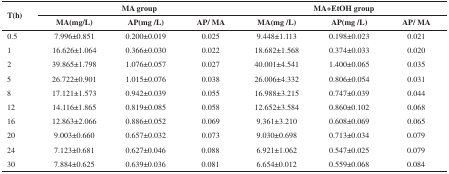
<table><thead><tr><td rowspan="2"><b>T(h)</b></td><td colspan="3"><b>MA group</b></td><td colspan="3"><b>MA+EtOH group</b></td></tr><tr><td><b>MA(mg/L)</b></td><td><b>AP(mg /L)</b></td><td><b>AP/ MA</b></td><td><b>MA(mg /L)</b></td><td><b>AP(mg /L)</b></td><td><b>AP/ MA</b></td></tr></thead><tbody><tr><td>0.5</td><td>7.996±0.851</td><td>0.200±0.019</td><td>0.025</td><td>9.448±1.113</td><td>0.198±0.023</td><td>0.021</td></tr><tr><td>1</td><td>16.626±1.064</td><td>0.366±0.030</td><td>0.022</td><td>18.682±1.568</td><td>0.374±0.033</td><td>0.020</td></tr><tr><td>2</td><td>39.865±1.798</td><td>1.076±0.057</td><td>0.027</td><td>40.001±4.541</td><td>1.400±0.065</td><td>0.035</td></tr><tr><td>5</td><td>26.722±0.901</td><td>1.015±0.076</td><td>0.038</td><td>26.006±4.332</td><td>0.806±0.054</td><td>0.031</td></tr><tr><td>8</td><td>17.121±1.573</td><td>0.942±0.039</td><td>0.055</td><td>16.988±3.215</td><td>0.747±0.039</td><td>0.044</td></tr><tr><td>12</td><td>14.116±1.865</td><td>0.819±0.085</td><td>0.058</td><td>12.652±3.584</td><td>0.860±0.102</td><td>0.068</td></tr><tr><td>16</td><td>12.863±2.066</td><td>0.886±0.052</td><td>0.069</td><td>9.361±3.210</td><td>0.608±0.069</td><td>0.065</td></tr><tr><td>20</td><td>9.003±0.660</td><td>0.657±0.032</td><td>0.073</td><td>9.030±0.698</td><td>0.713±0.034</td><td>0.079</td></tr><tr><td>24</td><td>7.123±0.681</td><td>0.627±0.046</td><td>0.088</td><td>6.921±1.062</td><td>0.547±0.025</td><td>0.079</td></tr><tr><td>30</td><td>7.884±0.625</td><td>0.639±0.036</td><td>0.081</td><td>6.654±0.012</td><td>0.559±0.068</td><td>0.084</td></tr></tbody></table>